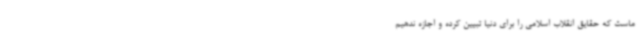
ماست که حقایق انقلاب اسلامی را برای دنیا تبیین کرده و اجازه ندهیم